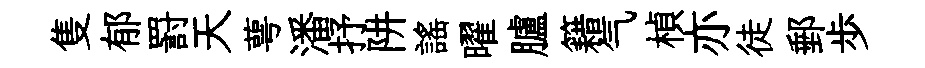
隻郁罸天萼潘抒阱謡曜臚籍气楨亦徒郵歩